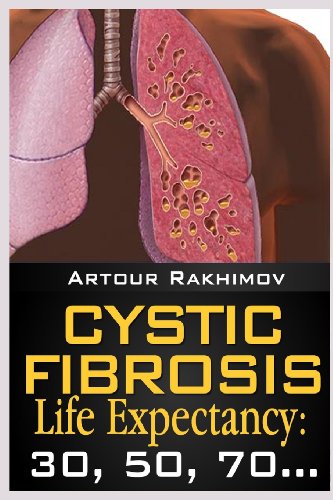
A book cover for Cystic Fibrosis Life Expectancy: 30, 50, 70...; Artour Rakhimov; Health, Fitness & Dieting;